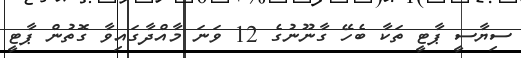
ސިޔާސީ ޕާޓީ ތަކާ ބެހޭ ގާނޫނުގެ 12 ވަނަ މާއްދާގައިވާ ގޮތުން ޕާޓީ